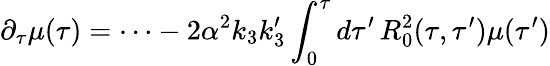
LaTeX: \partial_{\tau}\mu(\tau)=\dots-2\alpha^{2}k_{3}k_{3}^{\prime}\int_{0}^{\tau}d\tau^{\prime}\, R_{0}^{2}(\tau,\tau^{\prime})\mu(\tau^{\prime})